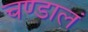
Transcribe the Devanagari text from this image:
चण्डालं